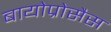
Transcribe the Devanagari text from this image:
बायोप्रोसैस